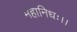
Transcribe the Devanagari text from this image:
महानिधः।।